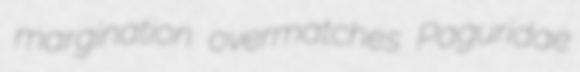
margination overmatches Paguridae